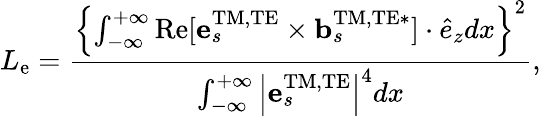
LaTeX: L_{\mathrm{e}}=\frac{\left\{ \int_{-\infty}^{+\infty}\mathrm{Re}[{\mathbf e}_{s}^{\mathrm{TM,TE}}\times{\mathbf b}_{s}^{\mathrm{TM,TE*}}]\cdot\hat{e}_{z}dx\right\} ^{2}}{\int_{-\infty}^{+\infty}\left|{\mathbf e}_{s}^{\mathrm{TM,TE}}\right|^{4}dx},